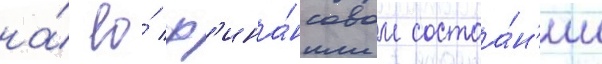
на́ ео́ ф'ина́нсовом состоа́н'ии